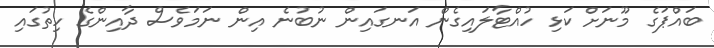
ބައްޕަގެ މޫނަށް ކަޅި ހުއްޓާލައިގެން އަނގައިން ނުބުނެ އިން ނަމަވެސް ދާއިންގެ ހިތުގައި